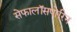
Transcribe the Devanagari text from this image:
सेफालॉसपोरिन